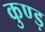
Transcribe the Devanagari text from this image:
कुण्ड़